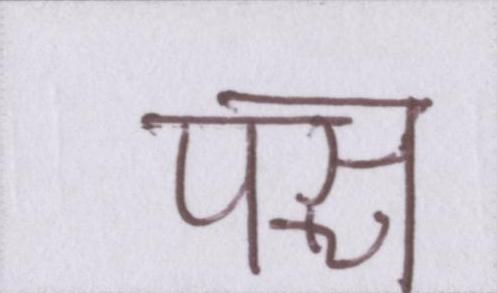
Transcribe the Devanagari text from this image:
पञ्च